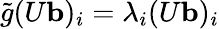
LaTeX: \tilde{g}(U{\mathbf b})_{i}=\lambda_{i}(U{\mathbf b})_{i}